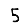
Digit: 5